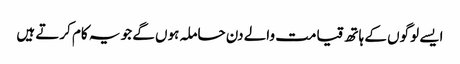
ایسے لوگوں کے ہاتھ قیامت والے دن حاملہ ہوں گے جو یہ کام کرتے ہیں